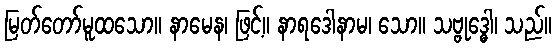
မြတ်တော်မူထသော။ နာမေန၊ ဖြင့်။ နာရဒေါနာမ၊ သော။ သဗ္ဗုဒ္ဓေါ၊ သည်။